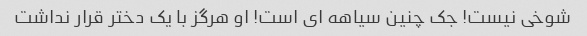
شوخی نیست! جک چنین سیاهه ای است! او هرگز با یک دختر قرار نداشت